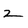
Character: 2